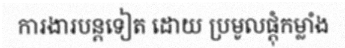
ការងារបន្តទៀត ដោយ ប្រមូលផ្តុំកម្លាំង